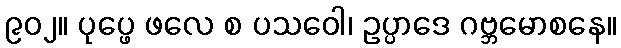
၉၀၂။ ပုပ္ဖေ ဖလေ စ ပသဝေါ၊ ဥပ္ပာဒေ ဂဗ္ဘမောစနေ။